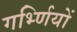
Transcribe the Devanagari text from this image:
गर्भ्णियों